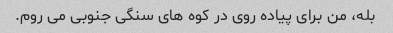
بله، من برای پیاده روی در کوه های سنگی جنوبی می روم.